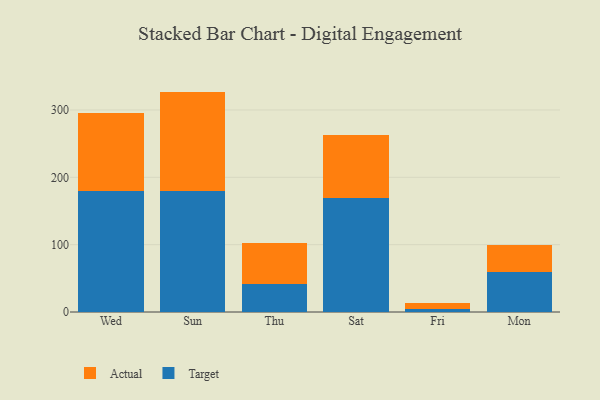
{"axis": {"x": "Day", "y": "Active Users"}, "legend": ["Actual", "Target"], "data": [{"x": "Wed", "y": 179.8, "type": "Target"}, {"x": "Wed", "y": 115.1, "type": "Actual"}, {"x": "Sun", "y": 179.7, "type": "Target"}, {"x": "Sun", "y": 147.6, "type": "Actual"}, {"x": "Thu", "y": 42.1, "type": "Target"}, {"x": "Thu", "y": 60.9, "type": "Actual"}, {"x": "Sat", "y": 168.8, "type": "Target"}, {"x": "Sat", "y": 93.5, "type": "Actual"}, {"x": "Fri", "y": 5.2, "type": "Target"}, {"x": "Fri", "y": 8.0, "type": "Actual"}, {"x": "Mon", "y": 59.8, "type": "Target"}, {"x": "Mon", "y": 40.3, "type": "Actual"}]}